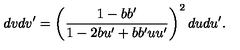
d v d v ^ { \prime } = \left( \frac { 1 - b b ^ { \prime } } { 1 - 2 b u ^ { \prime } + b b ^ { \prime } u u ^ { \prime } } \right) ^ { 2 } d u d u ^ { \prime } .